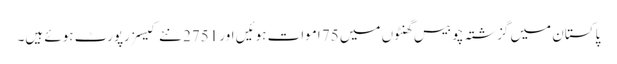
پاکستان میں گزشتہ چوبیس گھنٹوں میں 75 اموات ہوئیں اور 2751 نئے کیسز رپورٹ ہوئے ہیں۔